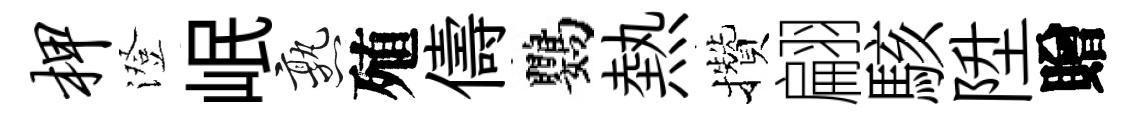
柙澄岷熟殖儔鸚熱攢翩駭陞贈